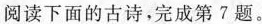
阅读下面的古诗，完成第7题。